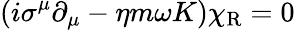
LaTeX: (i\sigma^{\mu}\partial_{\mu}-\eta m\omega K)\chi_{\mathrm{{R}}}=0